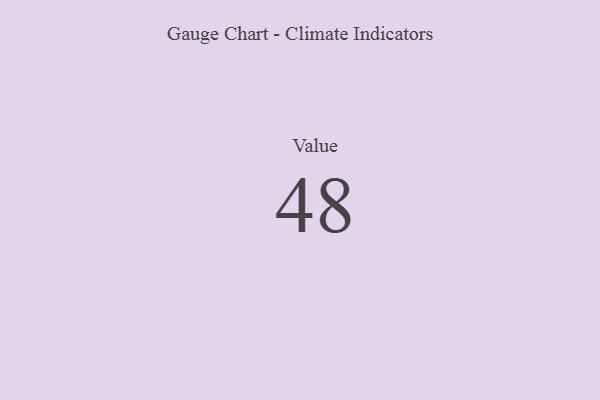
{"axis": {"x": "Metric", "y": "Value"}, "legend": [""], "data": [{"x": "Value", "y": 48, "type": ""}]}